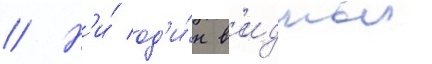
// Н'и́ од'и́н в'идныи